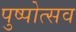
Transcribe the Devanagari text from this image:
पुष्पोत्सव